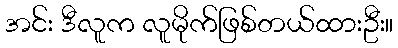
အင်း ဒီလူက လူမိုက်ဖြစ်တယ်ထားဦး။